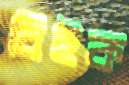
বিইক